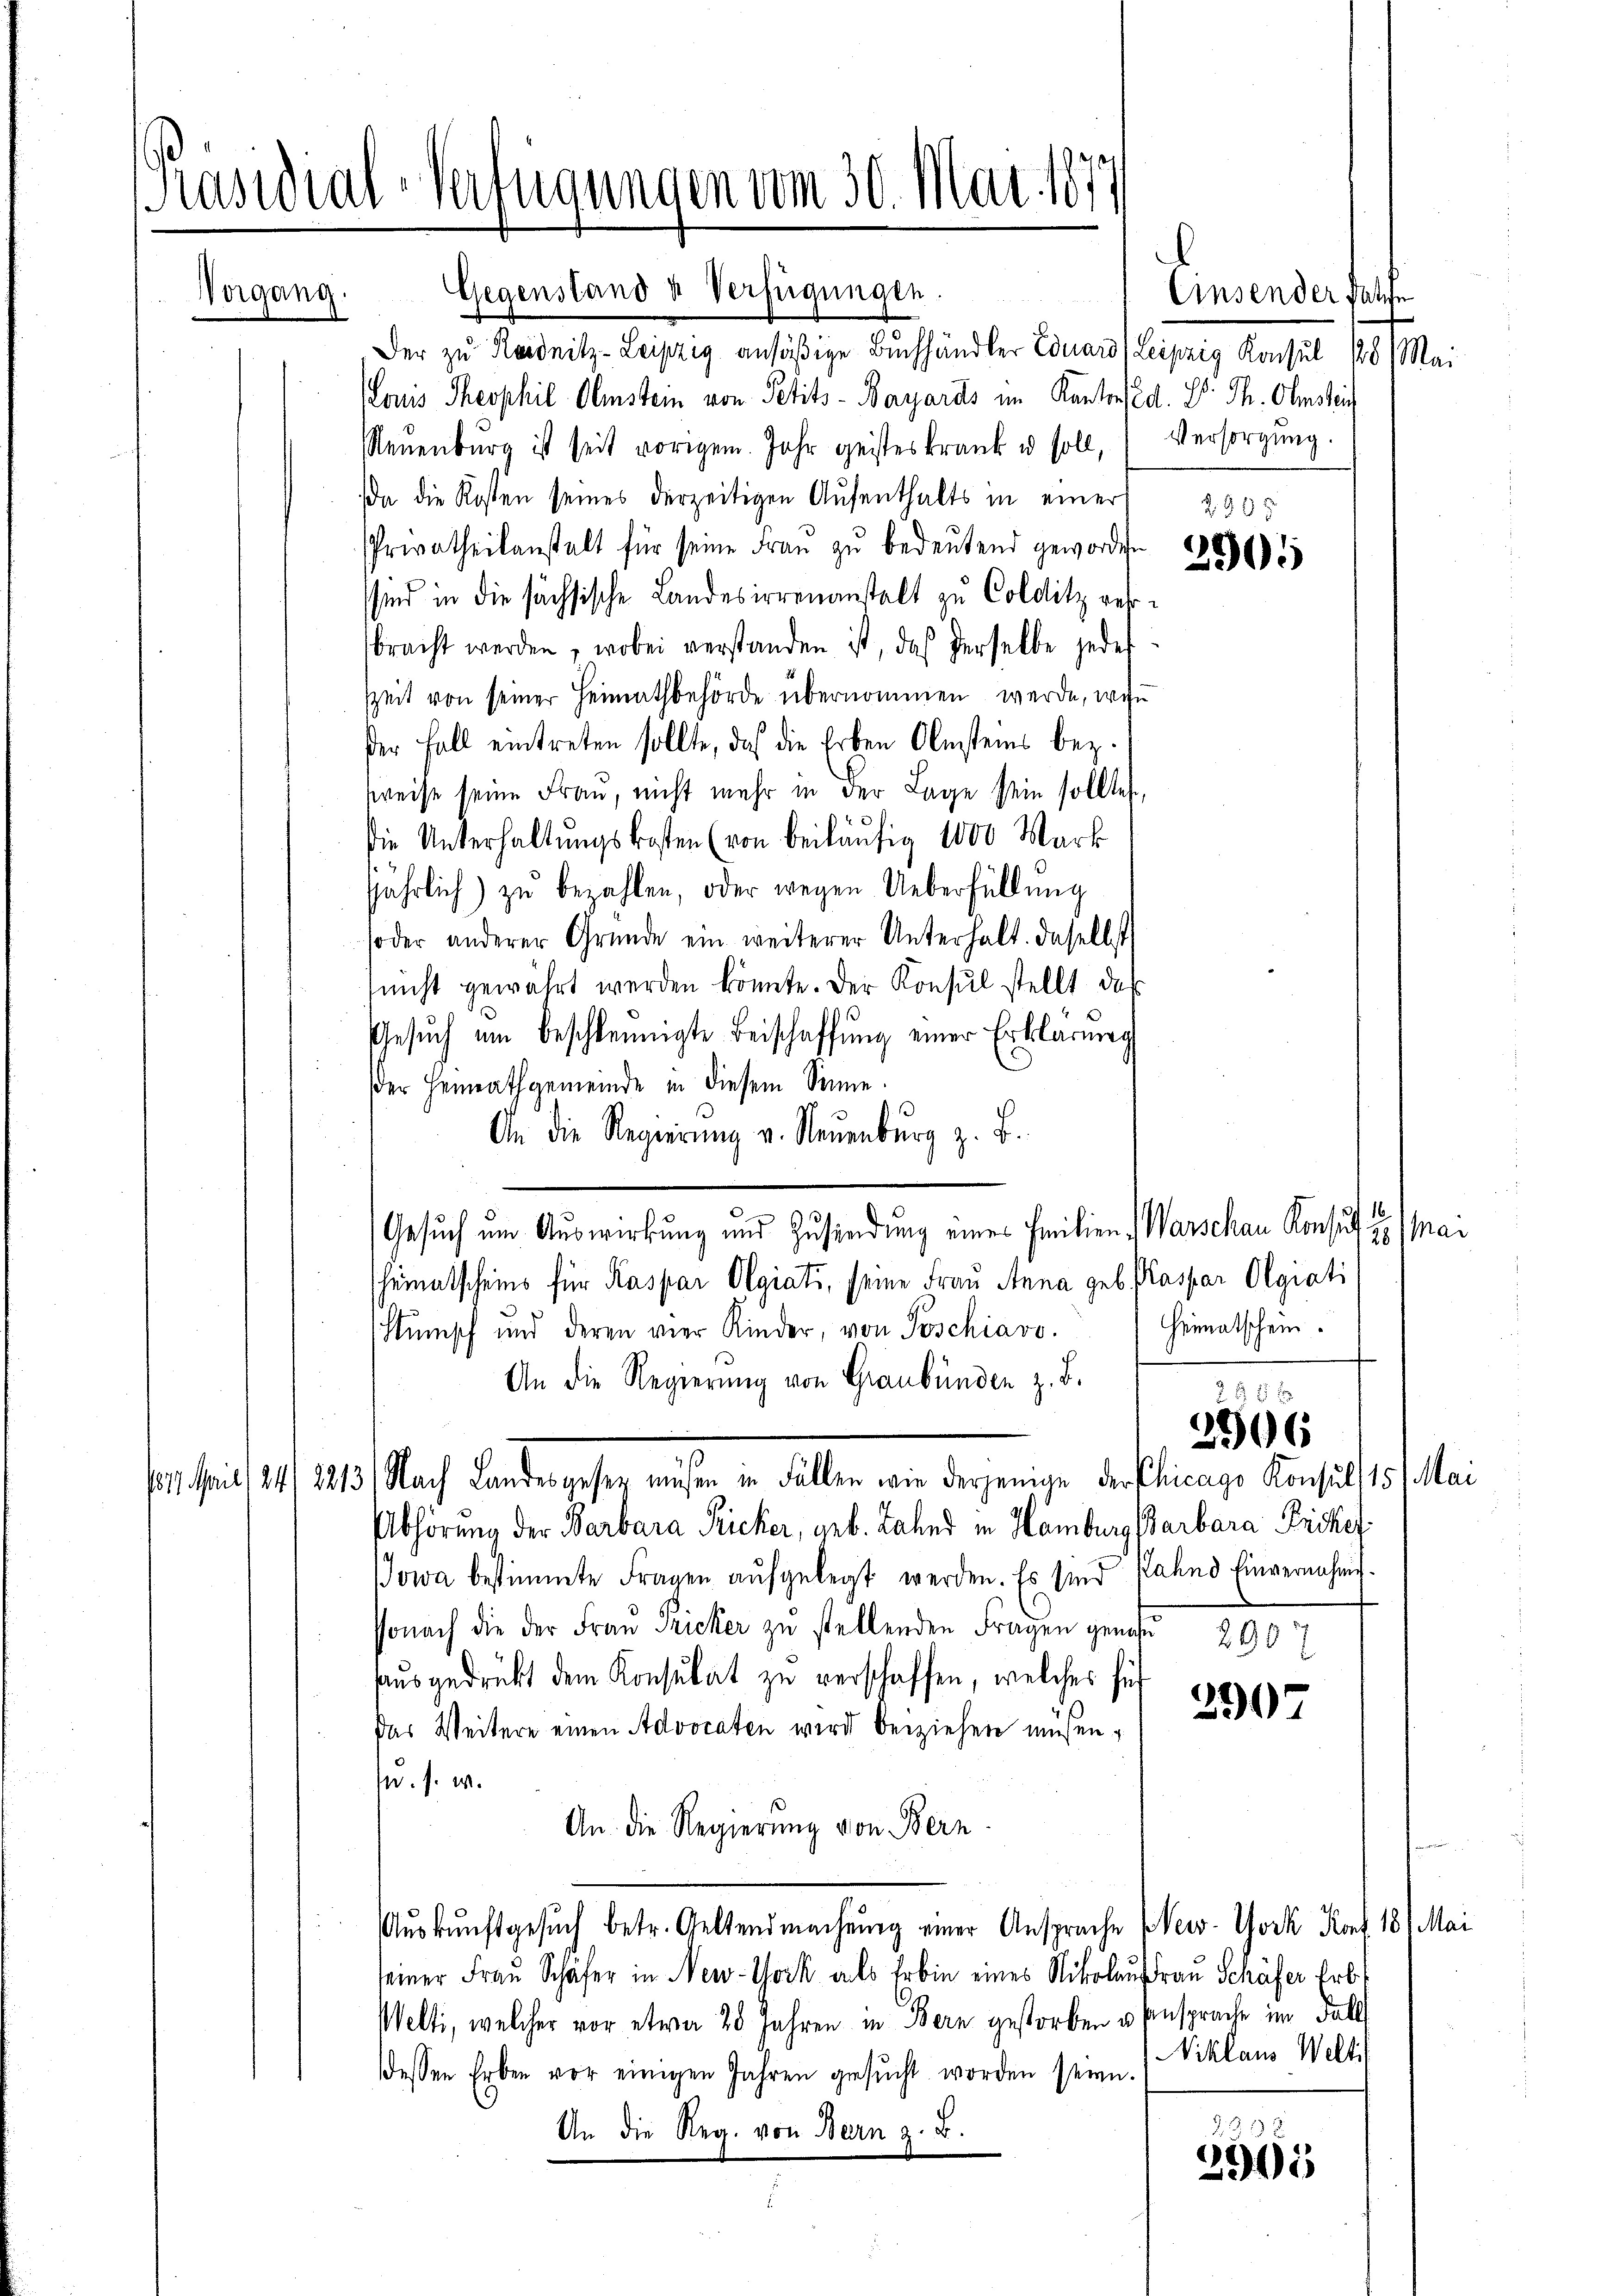
Präsidial-Verfügungen vom 30. Mai 1877

Vorgang.

Gegenstand u Verfügungen.
Der zu Reidnitz-Leipzig ansäßige Buchhändler Eduard (Leipzig Konsul 16 Mai
Louis Theophil. Amstein von Petits-Bayards im Kantons d. 2. Th. Oberstein
Neŭenbŭrg ist seit vorigem Jahr geisteskrank u soll, Versorgŭng
da die Kosten seines derzeitigen Aŭfenthalts in einer
Privatheilanstalt für seine Frau zu bedeutend geworden
sind in die sächsische Landesirrenanstalt zu Colditz wehrsbracht werden, wobei verstanden ist, daß derselbe jedes
zzeit von seiner Heimathbehörde übernommen werde, wen
der Fall eintreten sollte, daß die Erben Amsteins bez.
weise seine Frau, nicht mehr in der Lage sein sollte,
die Unterhaltŭngskosten (von beiläŭfig 1000 Mark
jährlich) zu bezahlen, oder wegen Ueberfüllung
soder anderer Gründe ein weiterer Unterhalt. Daselbst
nicht gewährt werden könnte. Der Konsul stellt, daß
Gesŭch ŭm beschleunigte Beischaffŭng einer Erklärung
der Heimathgemeinde in diesem Sinne.
An die Regierŭng v. Neuenburg z. B.
Gesuch um Auswirkung und Zusendung eines Emilien, Warschau Konsuch 2 Masheimatscheins für Kaspar Olgiati, seine Frau Anna geb. Kaspar Olgiati
Heimatschein.
Stunisch und deren vier Kinder, von Poschiavo.
An die Regierung von Graubünden z. B.
2 f 2 x
2506
Nach Landesgesetz müssen in Fällen wie derjenige der Chicago Konsul, 15. Mai
1617. Mail / 241 2213
Abhörung der Barbara Ricker, geb. Land in Hamburg starbara Frickel
owa bestimmte Fragen aŭfgelegt werden. Es sind fahnd Einvernehmissonach die der Frau Pricker zu stellenden Fragen genau
2907
ausgedrückt dem Konsulat zu verschaffen, welches füh
290
Das Weitere einen Advocaten wird beiziehen müßen,
u. s. w.
An. die Regierung von Bern
Auskunftgesuch betr. Geltendmachung einer Ansprache New-York Kons 181 Mai
seiner Frau Schäfer in New-York als Erbin eines Nikolauf Frau Schäfer Erb
Welti, welcher vor etwa 20 Jahren in Bern gestorben u. Einsprache im Fall
NNiklaus Welti
dessen Erben vor einigen Jahren gesucht worden seyn.
2
An die Reg. von Bern z. B.
2905

Einsender Falle
t
2935

2905